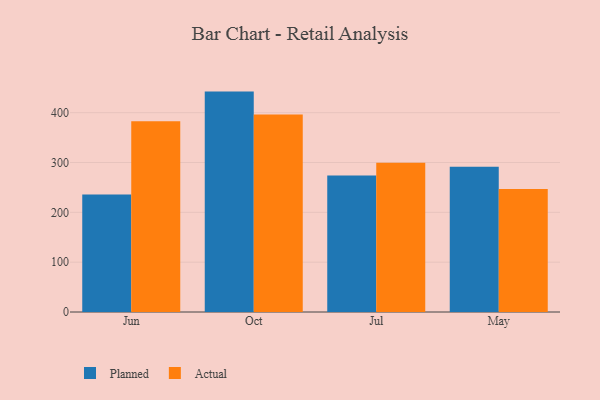
{"axis": {"x": "Month", "y": "Revenue (USD Million)"}, "legend": ["Actual", "Planned"], "data": [{"x": "Jun", "y": 235.9, "type": "Planned"}, {"x": "Jun", "y": 382.6, "type": "Actual"}, {"x": "Oct", "y": 442.3, "type": "Planned"}, {"x": "Oct", "y": 396.3, "type": "Actual"}, {"x": "Jul", "y": 273.9, "type": "Planned"}, {"x": "Jul", "y": 299.7, "type": "Actual"}, {"x": "May", "y": 291.7, "type": "Planned"}, {"x": "May", "y": 247.0, "type": "Actual"}]}